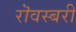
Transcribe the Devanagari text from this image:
रॊवस्बरी